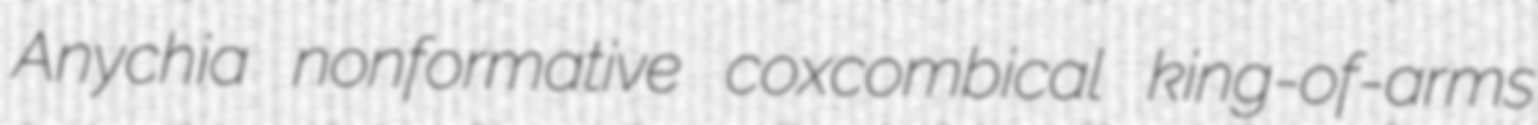
Anychia nonformative coxcombical king-of-arms